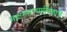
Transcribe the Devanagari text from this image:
महानगरपालिकाचे